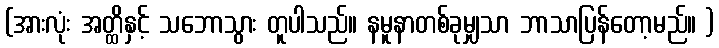
(အားလုံး အတ္ထိနှင့် သဘောသွား တူပါသည်။ နမူနာတစ်ခုမျှသာ ဘာသာပြန်တော့မည်။ )